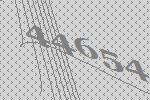
44654